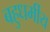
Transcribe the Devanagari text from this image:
बहुधर्मीय